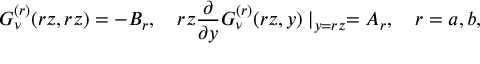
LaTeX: G _ { \nu } ^ { ( r ) } ( r z , r z ) = - B _ { r } , \quad r z \frac { \partial } { \partial y } G _ { \nu } ^ { ( r ) } ( r z , y ) \mid _ { y = r z } = A _ { r } , \quad r = a , b ,